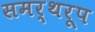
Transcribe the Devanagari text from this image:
समर्थरूप